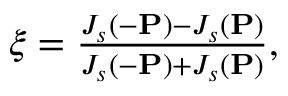
\begin{array} { r } { \xi = \frac { J _ { s } ( - { \bf { P } } ) - J _ { s } ( { \bf { P } } ) } { J _ { s } ( - { \bf { P } } ) + J _ { s } ( { \bf { P } } ) } , } \end{array}